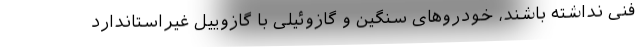
فنی نداشته باشند، خودروهای سنگین و گازوئیلی با گازوییل غیراستاندارد